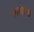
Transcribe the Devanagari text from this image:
कन्वर्टरों